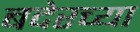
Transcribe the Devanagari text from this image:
बदेरच्या